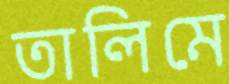
তালিমে